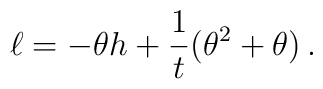
\ell=-\theta h+\frac{1}{t}(\theta^2+\theta)\,.